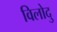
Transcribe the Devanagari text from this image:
विलोदु